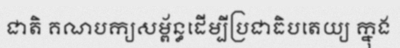
ជាតិ គណបក្យសម្ព័ន្ធដើម្បីប្រជាធិបតេយ្យ ក្នុង